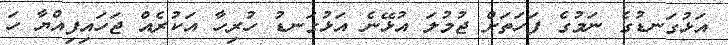
އަޅުގަނޑުގެ ނަމުގެ ފަހަތަށް ޖުމުލަ އުޅޭނެ އަޅުގަނޑު ހުރިހާ އަކުރެއް ޖަހައިފިއްޔާ ހަ